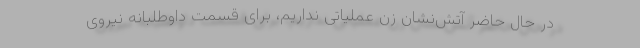
در حال حاضر آتش‌نشان زن عملیاتی نداریم، برای قسمت داوطلبانه نیروی